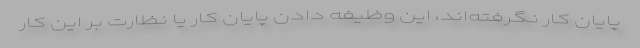
پایان کار نگرفته‌اند، این وظیفه دادن پایان کار یا نظارت بر این کار